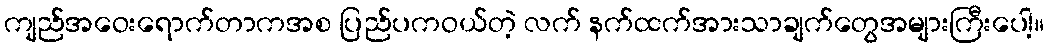
ကျည်အဝေးရောက်တာကအစ ပြည်ပကဝယ်တဲ့ လက် နက်ထက်အားသာချက်တွေအများကြီးပေါ့။